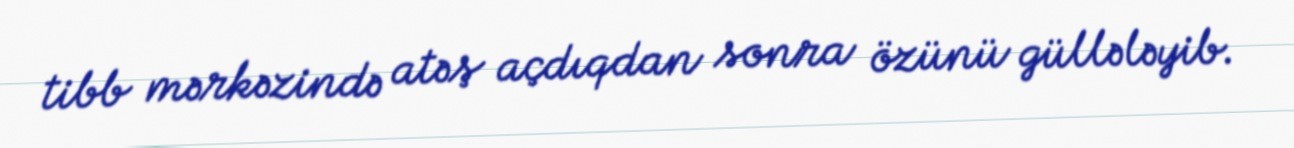
tibb mərkəzində atəş açdıqdan sonra özünü güllələyib.